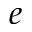
e